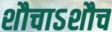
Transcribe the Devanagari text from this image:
शौचाऽशौच